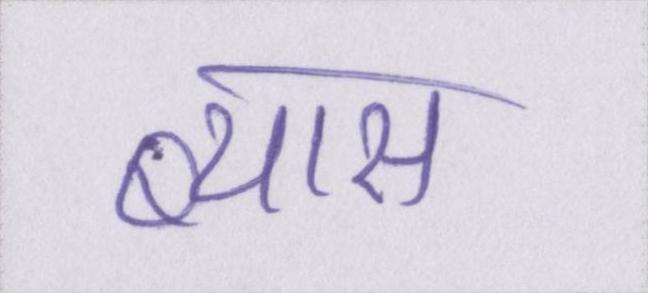
ब्यास